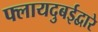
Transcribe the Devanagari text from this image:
फ्लायदुबईद्वारे